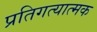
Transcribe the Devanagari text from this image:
प्रतिगत्यात्मक